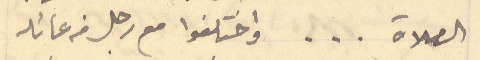
الصلاة ... واختلفوا مع رجل من عائله